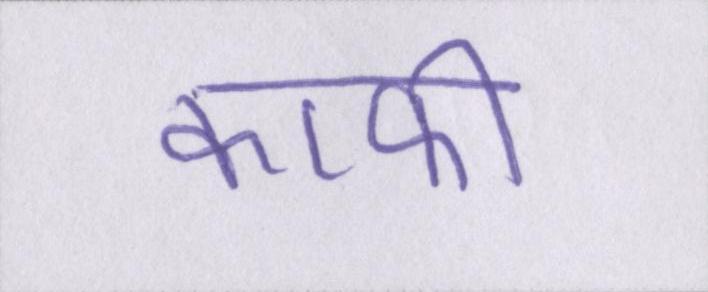
काफी